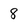
Character: 8